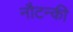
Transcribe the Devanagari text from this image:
नौटन्की